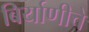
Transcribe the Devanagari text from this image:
बिर्याणीचे